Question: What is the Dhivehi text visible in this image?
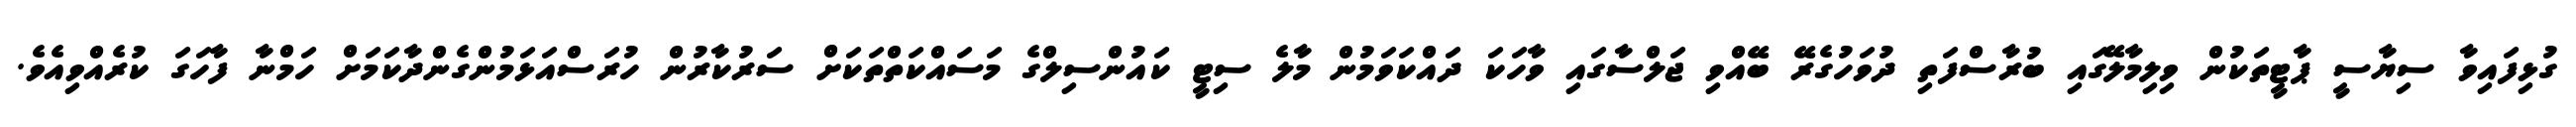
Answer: ގުޅިފައިވާ ސިޔާސީ ޕާޓީތަކުން ވިލިމާލޭގައި ބުރާސްފަތި ދުވަހުގެރޭ ބޭއްވި ޖަލްސާގައި ވާހަކަ ދައްކަވަމުން މާލެ ސިޓީ ކައުންސިލްގެ މަސައްކަތްތަކަށް ސަރުކާރުން ހުރަސްއަޅަމުންގެންދާކަމަށް ހަމްނާ ފާހަގަ ކުރެއްވިއެވެ.